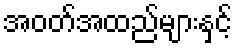
အဝတ်အထည်များနှင့်